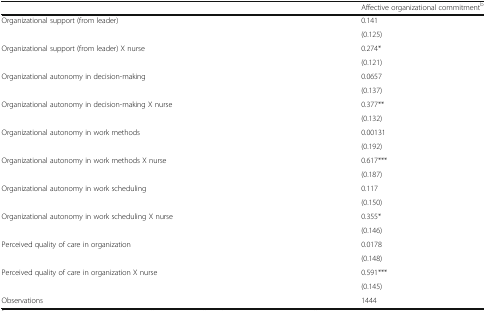
<table><thead><tr><td></td><td><b>Affective organizational commitment<sup>b</sup></b></td></tr></thead><tbody><tr><td rowspan="2">Organizational support (from leader)</td><td>0.141</td></tr><tr><td>(0.125)</td></tr><tr><td rowspan="2">Organizational support (from leader) X nurse</td><td>0.274*</td></tr><tr><td>(0.121)</td></tr><tr><td rowspan="2">Organizational autonomy in decision-making</td><td>0.0657</td></tr><tr><td>(0.137)</td></tr><tr><td rowspan="2">Organizational autonomy in decision-making X nurse</td><td>0.377**</td></tr><tr><td>(0.132)</td></tr><tr><td rowspan="2">Organizational autonomy in work methods</td><td>0.00131</td></tr><tr><td>(0.192)</td></tr><tr><td rowspan="2">Organizational autonomy in work methods X nurse</td><td>0.617***</td></tr><tr><td>(0.187)</td></tr><tr><td rowspan="2">Organizational autonomy in work scheduling</td><td>0.117</td></tr><tr><td>(0.150)</td></tr><tr><td rowspan="2">Organizational autonomy in work scheduling X nurse</td><td>0.355*</td></tr><tr><td>(0.146)</td></tr><tr><td rowspan="2">Perceived quality of care in organization</td><td>0.0178</td></tr><tr><td>(0.148)</td></tr><tr><td rowspan="2">Perceived quality of care in organization X nurse</td><td>0.591***</td></tr><tr><td>(0.145)</td></tr><tr><td>Observations</td><td>1444</td></tr></tbody></table>